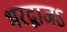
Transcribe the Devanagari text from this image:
भरद्वाजऽ